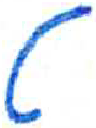
אות: ט